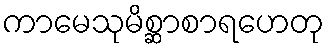
ကာမေသုမိစ္ဆာစာရဟေတု